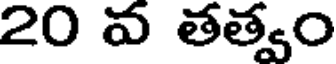
20 వ తత్వం